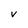
Character: V